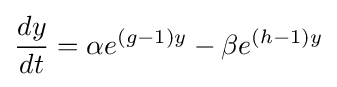
{\frac {dy}{dt}}=\alpha e^{(g-1)y}-\beta e^{(h-1)y}